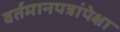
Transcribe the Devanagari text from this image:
वर्तमानपत्रांपेक्षा